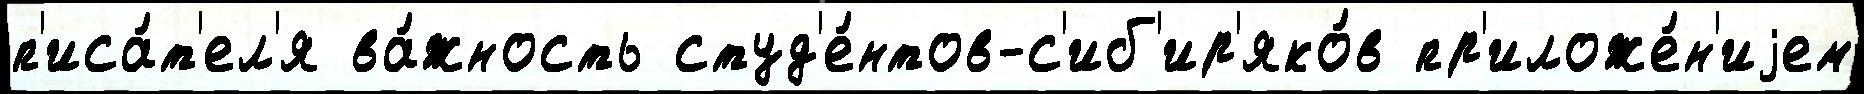
п'иса́т'ел'я ва́жность студ'е́нтов-с'иб'ир'яко́в пр'иложе́н'иjем